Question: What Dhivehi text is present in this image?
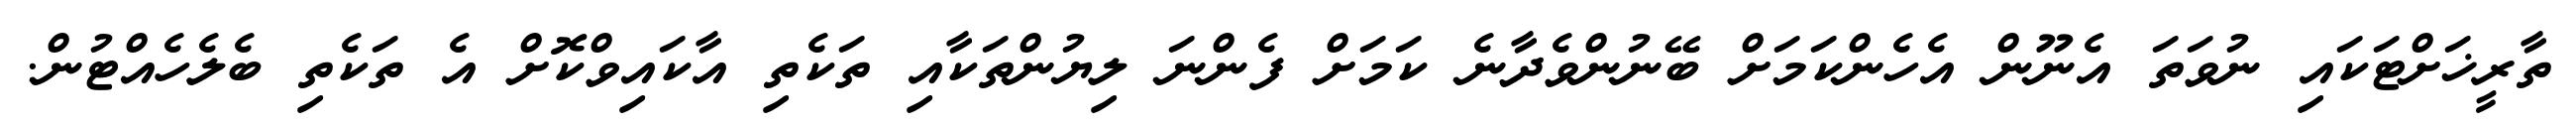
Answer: ތާރީޚަށްޓަކައި ނުވަތަ އެނޫން އެހެންކަމަށް ބޭނުންވެދާނެ ކަމަށް ފެންނަ ލިޔުންތަކާއި ތަކެތި އާކައިވްކޮށް އެ ތަކެތި ބެލެހެއްޓުން.